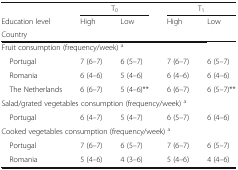
<table><thead><tr><td></td><td colspan="2"><b>T<sub>0</sub></b></td><td colspan="2"><b>T<sub>1</sub></b></td></tr><tr><td><b>Education level</b></td><td><b>High</b></td><td><b>Low</b></td><td><b>High</b></td><td><b>Low</b></td></tr><tr><td><b>Country</b></td><td></td><td></td><td></td><td></td></tr></thead><tbody><tr><td colspan="5">Fruit consumption (frequency/week) <sup>a</sup></td></tr><tr><td> Portugal</td><td>7 (6–7)</td><td>6 (5–7)</td><td>7 (6–7)</td><td>6 (5–7)</td></tr><tr><td> Romania</td><td>6 (4–6)</td><td>5 (4–6)</td><td>6 (4–6)</td><td>6 (4–6)</td></tr><tr><td> The Netherlands</td><td>6 (6–7)</td><td>5 (4–6)**</td><td>6 (6–7)</td><td>6 (5–7)**</td></tr><tr><td colspan="5">Salad/grated vegetables consumption (frequency/week) <sup>a</sup></td></tr><tr><td> Portugal</td><td>6 (4–7)</td><td>5 (4–7)</td><td>6 (5–7)</td><td>6 (4–6)</td></tr><tr><td colspan="5">Cooked vegetables consumption (frequency/week) <sup>a</sup></td></tr><tr><td> Portugal</td><td>7 (6–7)</td><td>6 (5–7)</td><td>7 (6–7)</td><td>6 (5–7)</td></tr><tr><td> Romania</td><td>5 (4–6)</td><td>4 (3–6)</td><td>5 (4–6)</td><td>4 (4–6)</td></tr></tbody></table>